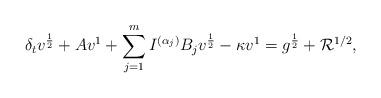
LaTeX: \begin{align*} \delta_tv^{\frac{1}{2}} + Av^{1} &+ \sum\limits_{j=1}^m I^{(\alpha_j)} B_jv^{\frac{1}{2}} - \kappa v^{1} = g^{\frac{1}{2}} + \mathcal{R}^{1/2}, \end{align*}